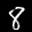
Label: 8